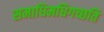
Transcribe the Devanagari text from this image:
समाधिमधिगच्छति